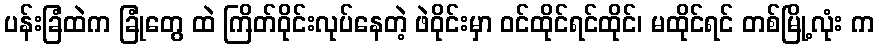
ပန်းခြံထဲက ခြုံတွေ ထဲ ကြိတ်ဝိုင်းလုပ်နေတဲ့ ဖဲဝိုင်းမှာ ဝင်ထိုင်ရင်ထိုင်၊ မထိုင်ရင် တစ်မြို့လုံး က